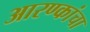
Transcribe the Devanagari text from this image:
आरण्कांचा